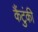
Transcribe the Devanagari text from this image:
कैंटुंकी